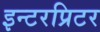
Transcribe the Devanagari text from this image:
इन्टरप्रिटर